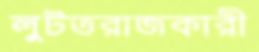
লুটতরাজকারী